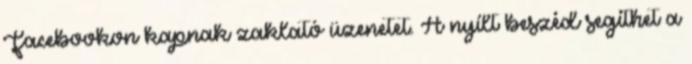
Facebookon kapnak zaklató üzenetet. A nyílt beszéd segíthet a